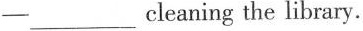
-___cleaning the library.